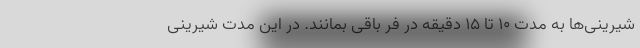
شیرینی‌ها به مدت ۱۰ تا ۱۵ دقیقه در فر باقی بمانند. در این مدت شیرینی